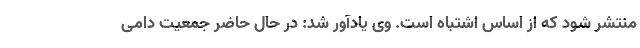
منتشر شود که از اساس اشتباه است. وی یادآور شد: در حال حاضر جمعیت دامی